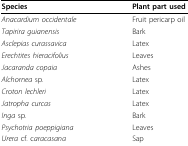
<table><thead><tr><td><b>Species</b></td><td><b>Plant part used</b></td></tr></thead><tbody><tr><td><i>Anacardium occidentale</i></td><td>Fruit pericarp oil</td></tr><tr><td><i>Tapirira guianensis</i></td><td>Bark</td></tr><tr><td><i>Asclepias curassavica</i></td><td>Latex</td></tr><tr><td><i>Erechtites hieracifolius</i></td><td>Leaves</td></tr><tr><td><i>Jacaranda copaia</i></td><td>Ashes</td></tr><tr><td><i>Alchornea </i>sp.</td><td>Latex</td></tr><tr><td><i>Croton lechleri</i></td><td>Latex</td></tr><tr><td><i>Jatropha curcas</i></td><td>Latex</td></tr><tr><td><i>Inga </i>sp.</td><td>Bark</td></tr><tr><td><i>Psychotria poeppigiana</i></td><td>Leaves</td></tr><tr><td><i>Urera </i>cf. c<i>aracasana</i></td><td>Sap</td></tr></tbody></table>